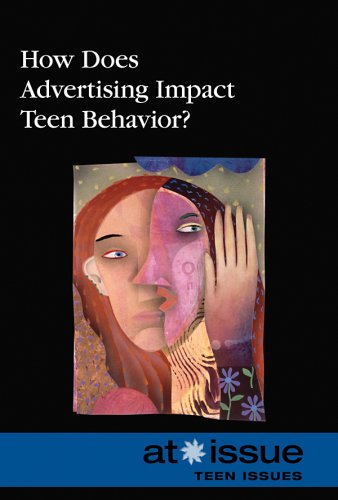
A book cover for How Does Advertising Affect Teen Behavior? (At Issue); David M Haugen; Teen & Young Adult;